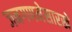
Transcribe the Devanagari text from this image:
जनगणनेसारखे